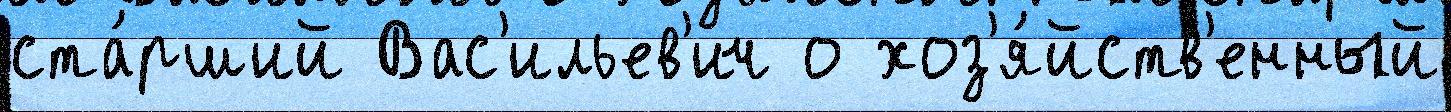
ста́рший Вас'ильев'ич о хоз'я́йств'енный